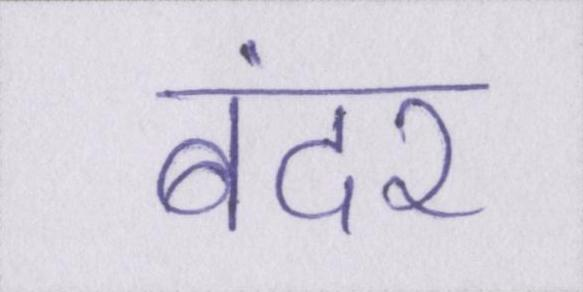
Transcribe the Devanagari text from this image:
बंदर